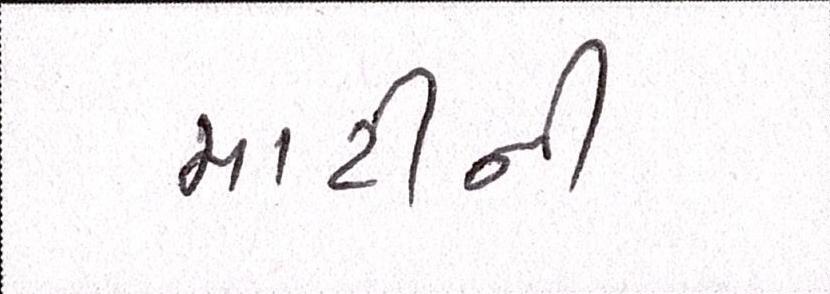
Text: માટીની